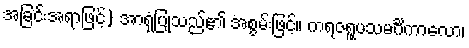
အခြင်းအရာဖြင့်) အာရုံပြုသည်၏ အစွမ်းဖြင့်။ ကရဇရူပသမင်္ဂိကာလော၊